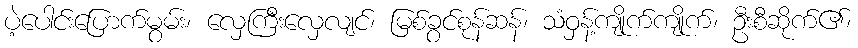
ပဲ့ပေါင်းပြောက်မွမ်း၊ လှေကြီးလှေလျင်၊ မြစ်ခွင်စုန်ဆန်၊ သံဝှန့်ကျိုက်ကျိုက်၊ ဦးစီဆိုက်၏၊